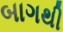
બાગથી